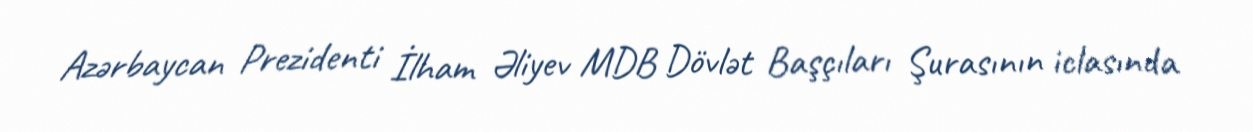
Azərbaycan Prezidenti İlham Əliyev MDB Dövlət Başçıları Şurasının iclasında